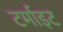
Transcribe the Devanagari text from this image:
टर्माइट